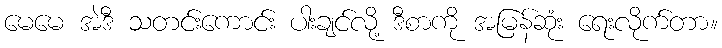
မေမေ အဲဒီ သတင်းကောင်း ပါးချင်လို့ ဒီစာကို အမြန်ဆုံး ရေးလိုက်တာ။